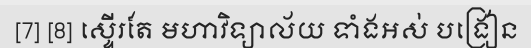
[7] [8] ស្ទើរតែ មហាវិទ្យាល័យ ទាំងអស់ បង្រៀន